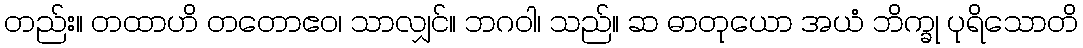
တည်း။ တထာဟိ တတောဧဝ၊ သာလျှင်။ ဘဂဝါ၊ သည်။ ဆ ဓာတုယော အယံ ဘိက္ခု ပုရိသောတိ